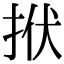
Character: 𢫯